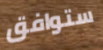
ستوافق